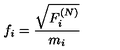
f _ { i } = \frac { \sqrt { F _ { i } ^ { ( N ) } } } { m _ { i } }